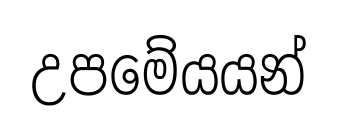
උපමේයයන්